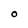
Character: O